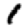
Digit: 1